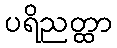
ပရိညတ္ထာ